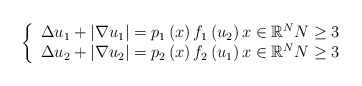
\begin{align*}\left\{ \begin{array}{l}\Delta u_{1}+\left\vert \nabla u_{1}\right\vert =p_{1}\left( x\right)f_{1}\left( u_{2}\right) x\in \mathbb{R}^{N}N\geq 3 \\ \Delta u_{2}+\left\vert \nabla u_{2}\right\vert =p_{2}\left( x\right)f_{2}\left( u_{1}\right) x\in \mathbb{R}^{N}N\geq 3\end{array}\right. \end{align*}